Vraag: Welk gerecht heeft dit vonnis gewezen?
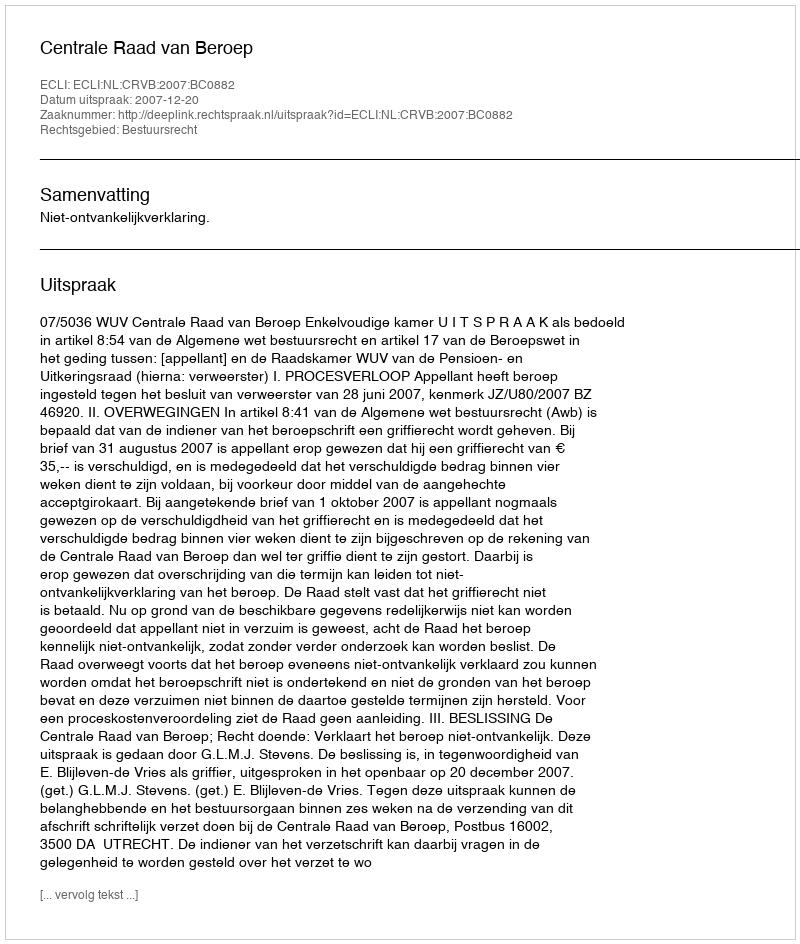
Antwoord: Centrale Raad van Beroep